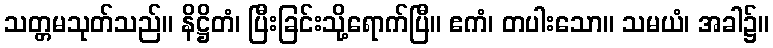
သတ္တမသုတ်သည်။ နိဋ္ဌိတံ၊ ပြီးခြင်းသို့ရောက်ပြီ။ ဧကံ၊ တပါးသော။ သမယံ၊ အခါ၌။